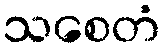
သစေတံ